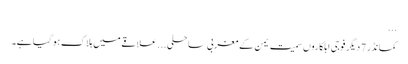
...
کمانڈر 7 دیگر فوجی اہلکاروں سمیت یمن کے مغربی ساحلی... علاقے میں ہلاک ہو گیا ہے۔